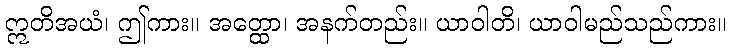
ဣတိအယံ၊ ဤကား။ အတ္ထော၊ အနက်တည်း။ ယာဝါတိ၊ ယာဝါမည်သည်ကား။